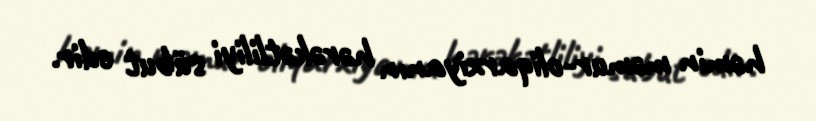
həmin məmur-oliqarxiyanın hərəkətliliyi sübut edir.